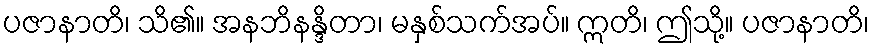
ပဇာနာတိ၊ သိ၏။ အနဘိနန္ဒိတာ၊ မနှစ်သက်အပ်။ ဣတိ၊ ဤသို့။ ပဇာနာတိ၊